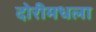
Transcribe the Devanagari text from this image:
दोरीमधला